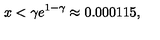
x < \gamma e ^ { 1 - \gamma } \approx 0 . 0 0 0 1 1 5 ,